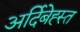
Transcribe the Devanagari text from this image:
अर्दिबेह्स्त